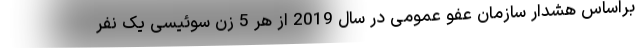
براساس هشدار سازمان عفو عمومی در سال 2019 از هر 5 زن سوئیسی یک نفر